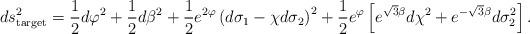
LaTeX: \begin{align*}ds^2_{\rm target} = \frac{1}{2} d\varphi^2 + \frac{1}{2} d\beta^2 +\frac{1}{2} e^{2\varphi} \left( d\sigma_1 -\chi d\sigma_2 \right)^2 +\frac{1}{2} e^{\varphi} \left[ e^{\sqrt{3} \beta} d\chi^2 +e^{-\sqrt{3} \beta} d\sigma_2^2 \right] .\end{align*}